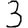
Digit: 3